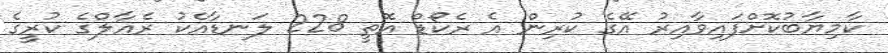
ކާމިޔާބުކޮށްފައިވާއިރު އޭގެ ކުރިން އެ ރެކޯޑް އޮތީ 228 ލަނޑާއެކު ރެއާލްގެ ކުރީގެ